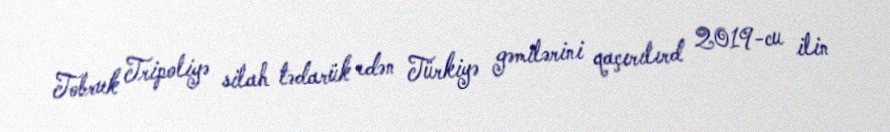
Tobruk Tripoliyə silah tədarük edən Türkiyə gəmilərini qaçırılırd 2019-cu ilin